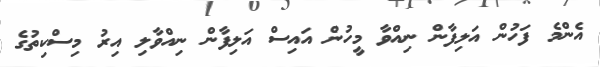
އެންމެ ފަހުން އަލިފާން ނިއްވާ މީހުން އައިސް އަލިފާން ނިއްވާލި އިރު މިސްކިތުގެ